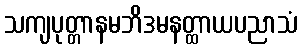
သကျပုတ္တာနမဘိဒမနတ္ထာယပညာသံ